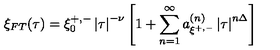
\xi _ { F T } ( \tau ) = \xi _ { 0 } ^ { + , - } \left| \tau \right| ^ { - \nu } \left[ 1 + \sum _ { n = 1 } ^ { \infty } a _ { \xi ^ { + , - } } ^ { \left( n \right) } \left| \tau \right| ^ { n \Delta } \right]